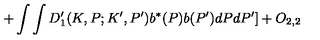
+ \int \int D _ { 1 } ^ { \prime } ( K , P ; K ^ { \prime } , P ^ { \prime } ) b ^ { \ast } ( P ) b ( P ^ { \prime } ) d P d P ^ { \prime } ] + O _ { 2 , 2 }